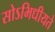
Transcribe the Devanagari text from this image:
सोऽभिधीयते